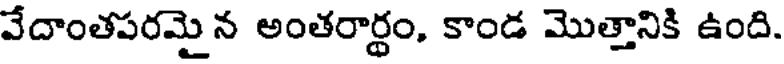
వేదాంతపరమైన అంతరార్థం, కాండ మొత్తానికి ఉంది.